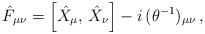
LaTeX: \begin{align*}\hat{F}_{\mu\nu} = \left[ \hat{X}_{\mu},\,\hat{X}_{\nu}\right]-i\,(\theta^{-1})_{\mu\nu}\,,\end{align*}